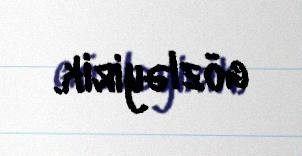
gözləyirik.